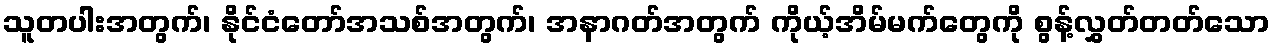
သူတပါးအတွက်၊ နိုင်ငံတော်အသစ်အတွက်၊ အနာဂတ်အတွက် ကိုယ့်အိမ်မက်တွေကို စွန့်လွှတ်တတ်သော